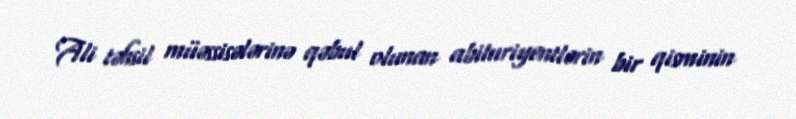
Ali təhsil müəssisələrinə qəbul olunan abituriyentlərin bir qisminin